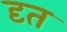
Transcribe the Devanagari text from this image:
दृत